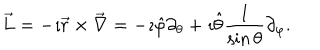
\overrightarrow { L } = - \imath \overrightarrow { r } \times \overrightarrow { \nabla } = - \imath \hat { \varphi } \partial _ { \theta } + \imath \hat { \theta } \frac { 1 } { \sin { \theta } } \partial _ { \varphi } .